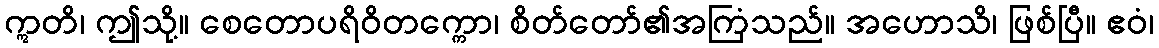
ဣတိ၊ ဤသို့။ စေတောပရိဝိတက္ကော၊ စိတ်တော်၏အကြံသည်။ အဟောသိ၊ ဖြစ်ပြီ။ ဧဝံ၊